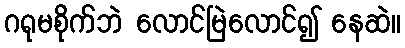
ဂရုမစိုက်ဘဲ လောင်မြဲလောင်၍ နေဆဲ။